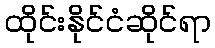
ထိုင်းနိုင်ငံဆိုင်ရာ